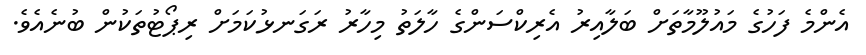
އެންމެ ފަހުގެ މައުލޫމާތަށް ބަލާއިރު އެރިކްސަންގެ ހާލަތު މިހާރު ރަގަނޅުކަމަށް ރިޕޯޓުތަކުން ބުނެއެވެ.